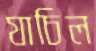
যাচিল